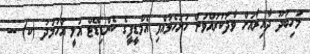
މަހިބަދޫ ދާއިރާއަށް ވާދަކުރައްވަން ހުށަހެޅުއްވި އެމްޑީޕީގެ ކެންޑިޑޭޓް އަލީ އަހުމަދު (ކ) --